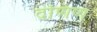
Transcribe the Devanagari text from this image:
दणिण